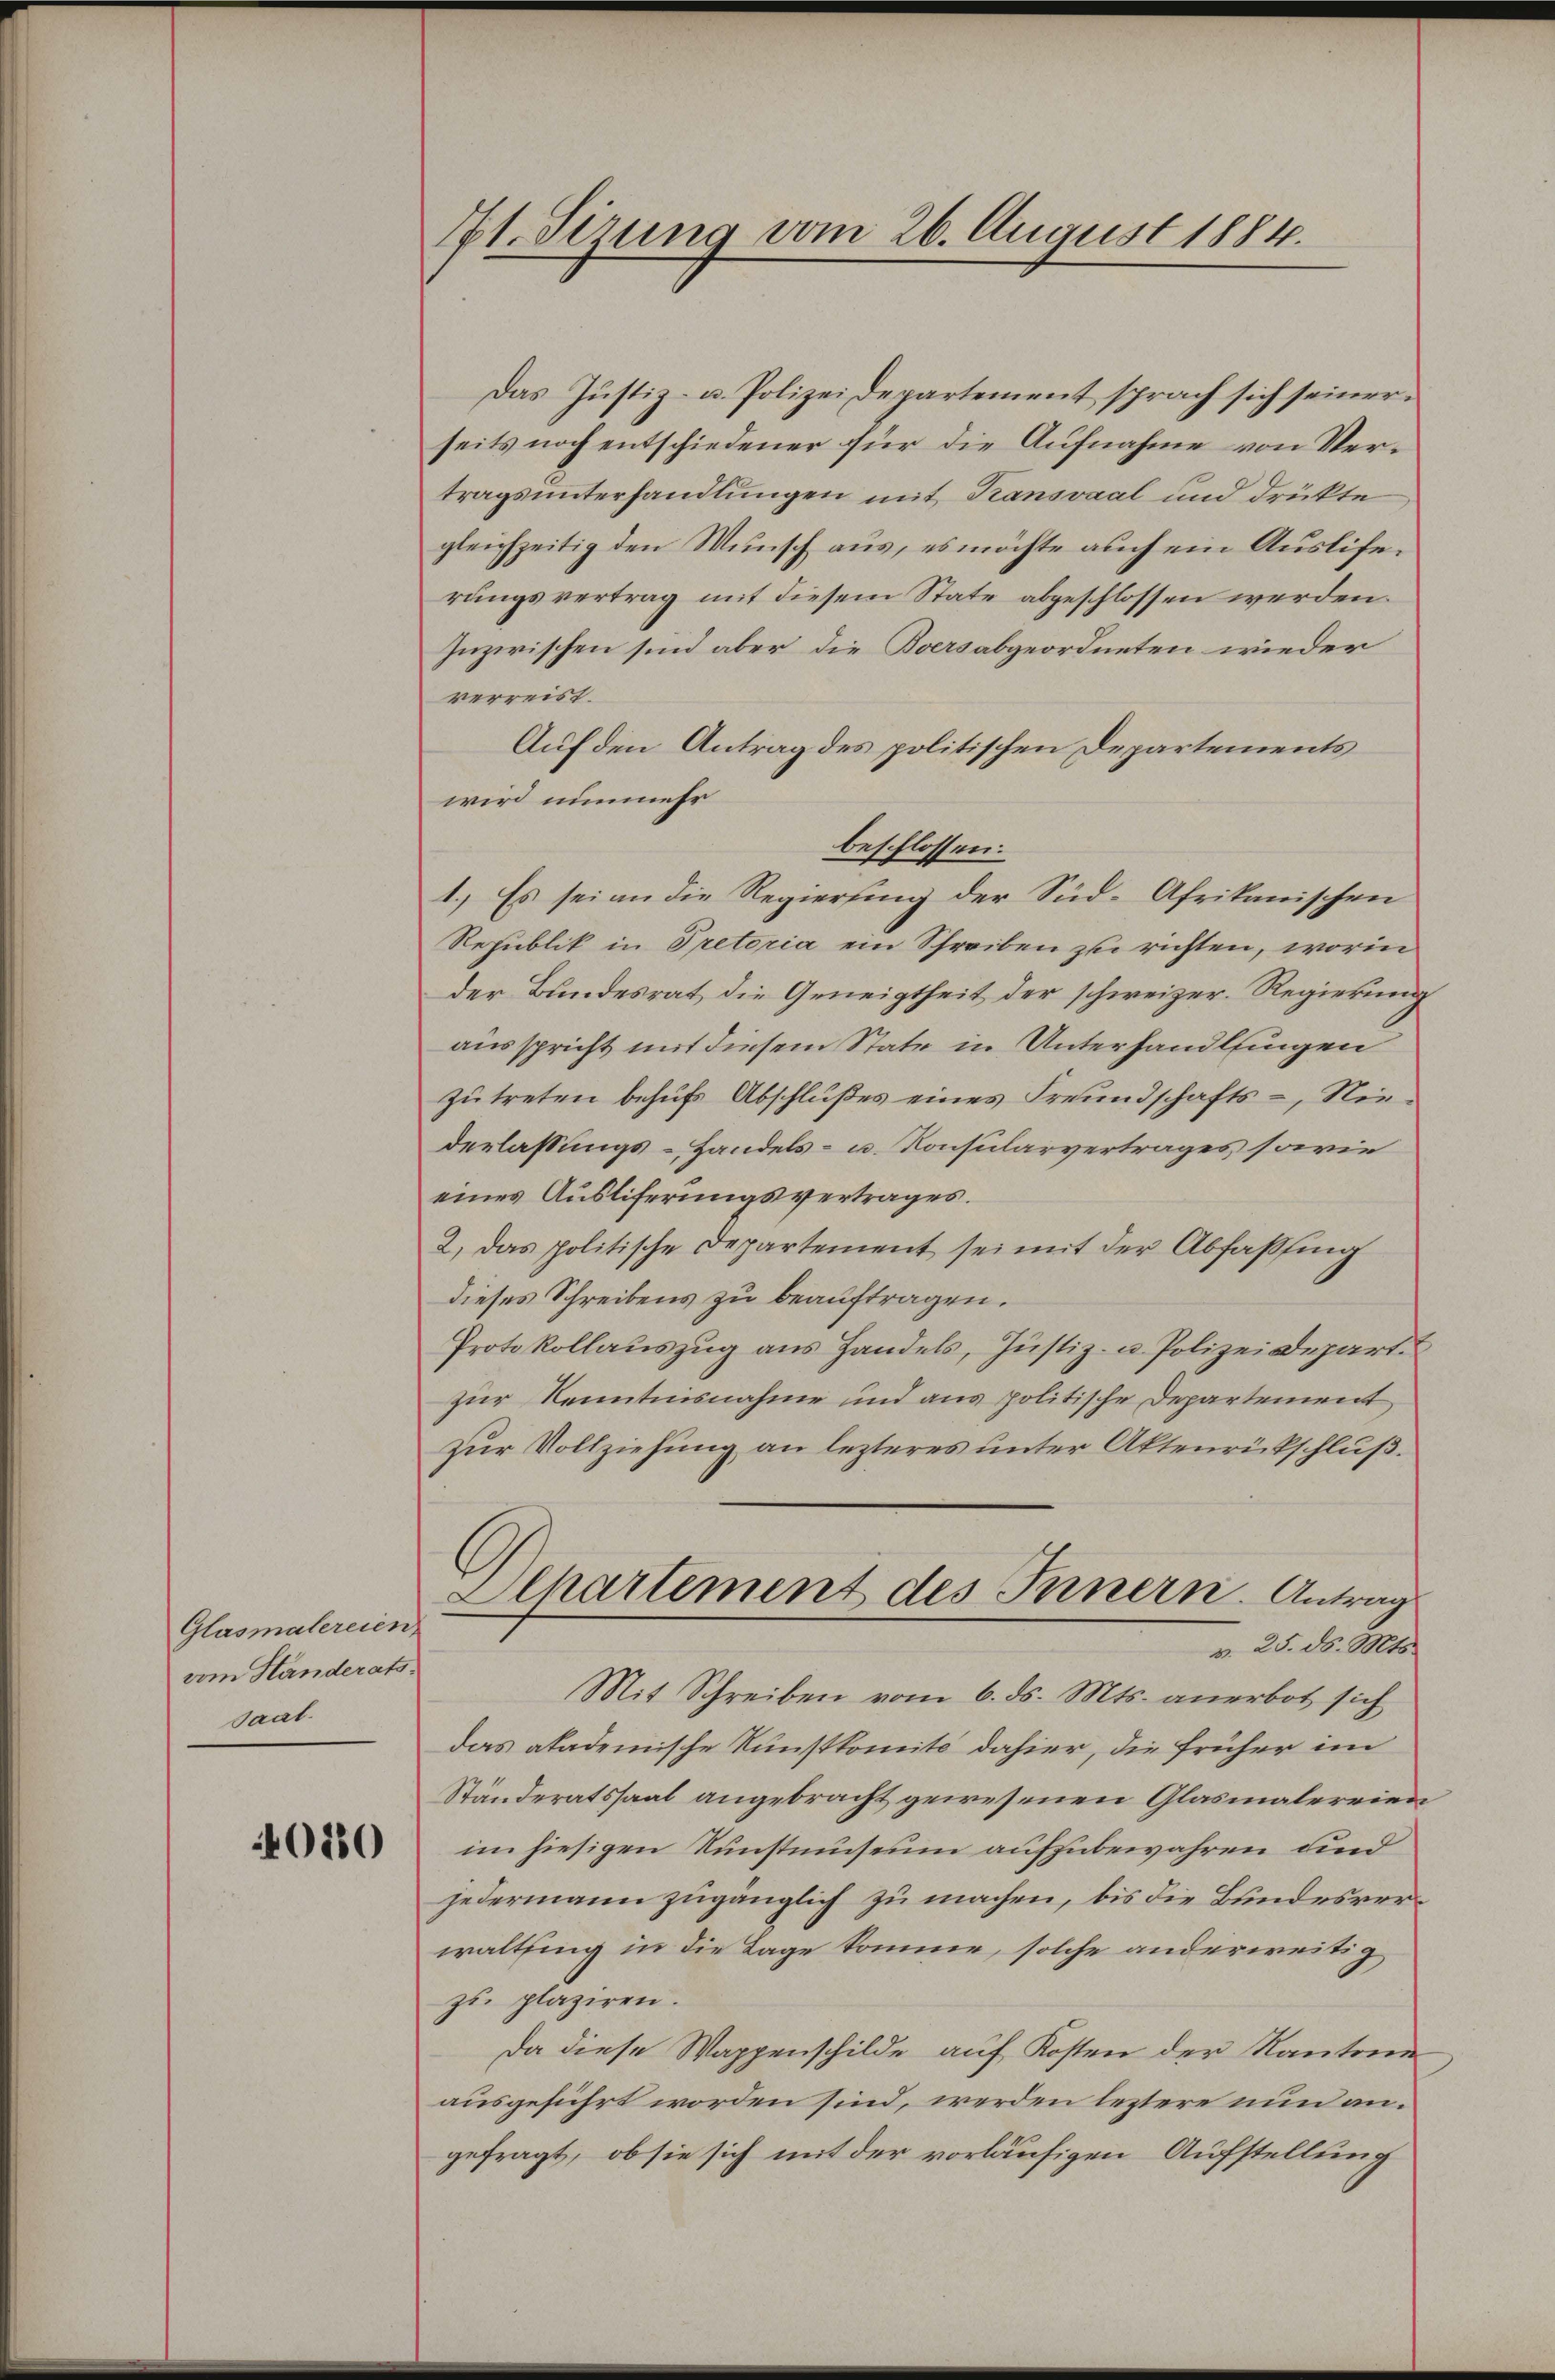
Glasmalereien
vom Handeratssaal.

40280

7t. Sizung vom 26. August 1884.

Das Justiz- u. Polizeidepartement sprach sich seiner
seits noch entschiedener für die Aufnahme von Vertragsunterhandlungen mit Transvaal und drückte
gleichzeitig den Wunsch aus, es möchte auch ein Ausliferungsvertrag mit diesem State abgeschlossen werden.
Inzwischen sind aber die Boersabgeordneten wieder
verreist.
Auf den Antrag des politischen Departements
wird nunmehr
beschlossen:
1.) Es sei an die Regierung der Süd-Afrikanischen
Republik in Pretoria ein Schreiben zu richten, worin
der Bundesrat die Geneigtheit der schweizer. Regierung
ausspricht mit diesem State in Unterhandlungen
zutreten behufs Abschlußes eines Freundschafts-, Niederlassungs-Handels- u. Konsularvertrages sowie
eines Ausliferungsvertrages.
2. Das politische Departement sei mit der Abfaßfing
dieses Schreibens zu beauftragen.
Protokollauszug aus Handels, Justiz- u. Polizeidepart
zur Kenntnisnahme und aus politische Departement
zur Vollziehung an lezteres unter Aktenrückschluß.
Departement des Innern. Antrag
v. 25. ds. Mts.
Mit Schreiben vom 6. ds. Mts. anerbot sich
das akademische Kunstkomité dahier, die früher im
Ständeratssaal angebracht gewesenen Glasmalereien
im hiesigen Kunstmuseum aufzubewahren und
jedermann zugänglich zu machen, bis die Bundesverwaltsing in die Lage komme, solche anderweitig
zŭ plaziren.
Da diese Wappenschilde auf Kosten der Kantone
ausgeführt worden sind, werden leztere nun an.
gefragt, ob sie sich mit der vorläufigen Aufstellung